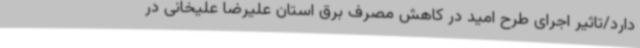
دارد/تاثیر اجرای طرح امید در کاهش مصرف برق استان علیرضا علیخانی در